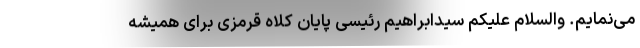
می‌نمایم. والسلام علیکم سیدابراهیم رئیسی پایان کلاه قرمزی برای همیشه